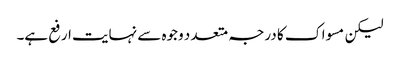
لیکن مسواک کا درجہ متعد د وجوہ سے نہایت ارفع ہے۔